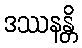
ဒဿနန္တိ